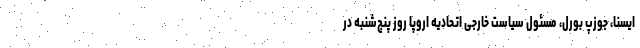
ایسنا، جوزپ بورل، مسئول سیاست خارجی اتحادیه اروپا روز پنج‌شنبه در